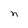
Character: n